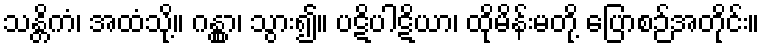
သန္တိကံ၊ အထံသို့။ ဂန္တွာ၊ သွား၍။ ပဋိပါဋိယာ၊ ထိုမိန်းမတို့ ပြောစဉ်အတိုင်း။